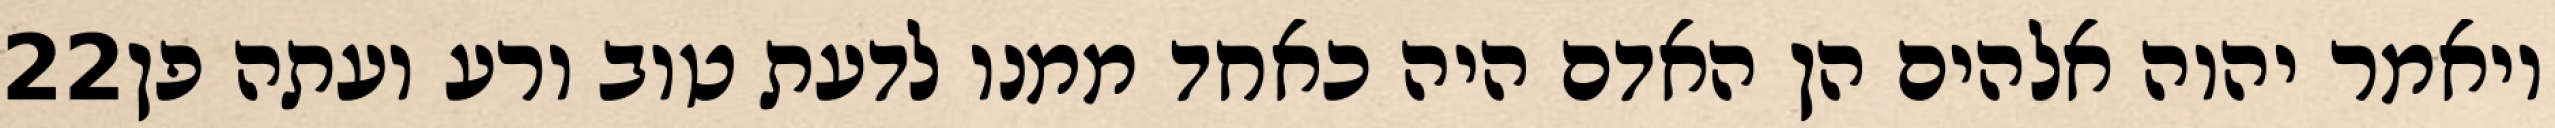
‎22‏ ויאמר יהוה אלהים הן האדם היה כאחד ממנו לדעת טוב ורע ועתה פן